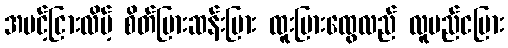
အပင့်ငြားလိမ့် စိတ်ပြားဆန်းပြား ထူးပြားထွေလည် လူမည်ငပြား